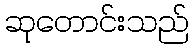
ဆုတောင်းသည်